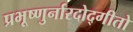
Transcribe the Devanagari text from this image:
प्रभूष्णुर्नारदोद्गीतो